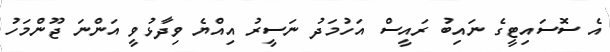
އެ ސޮސައިޓީގެ ނައިބު ރައީސް އަހުމަދު ނަސީރު އިއްޔެ ވިދާޅުވީ އަންނަ ޖޫންމަހު